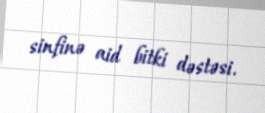
sinfinə aid bitki dəstəsi.